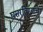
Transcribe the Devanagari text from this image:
घसरविण्याची